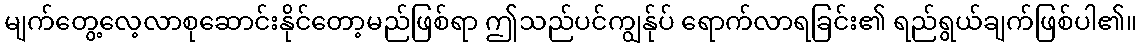
မျက်တွေ့လေ့လာစုဆောင်းနိုင်တော့မည်ဖြစ်ရာ ဤသည်ပင်ကျွန်ုပ် ရောက်လာရခြင်း၏ ရည်ရွယ်ချက်ဖြစ်ပါ၏။